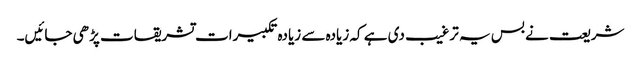
شریعت نے بس یہ ترغیب دی ہے کہ زیادہ سے زیادہ تکبیرات تشریقات پڑھی جائیں۔